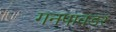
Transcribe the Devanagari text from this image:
गनपावडर